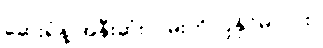
ဆေးရုံနဲ့ အနီးဆုံးလမ်းကို ပြနိုင်မလား။